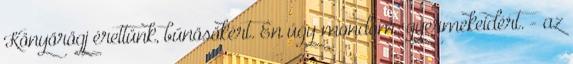
Könyörögj érettünk, bűnösökért. Én úgy mondom: gyermekeidért. - az